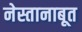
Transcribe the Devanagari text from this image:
नेस्तानाबूत